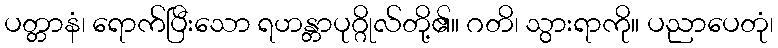
ပတ္တာနံ၊ ရောက်ပြီးသော ရဟန္တာပုဂ္ဂိုလ်တို့၏။ ဂတိ၊ သွားရာကို။ ပညာပေတုံ၊